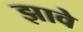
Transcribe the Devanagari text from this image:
झावे